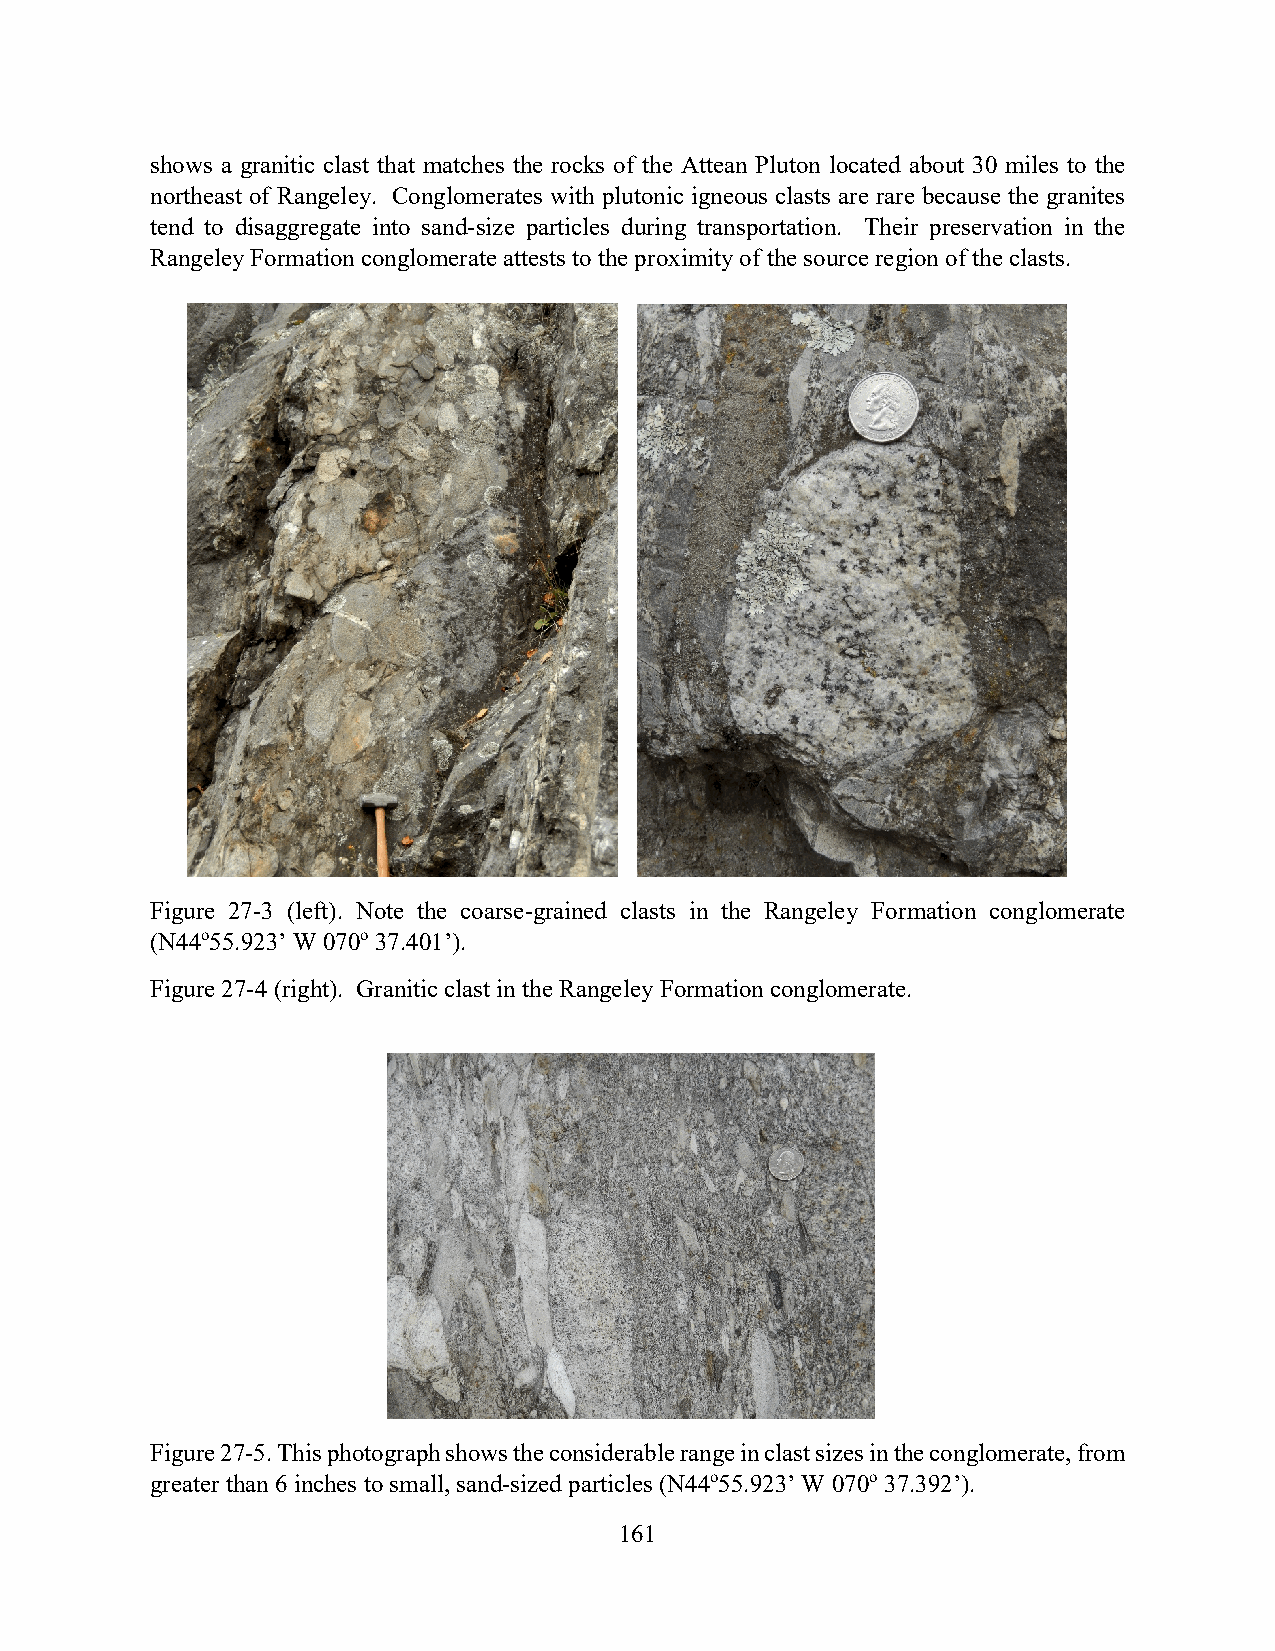
shows a granitic clast that matches the rocks of the Attean Pluton located about 30 miles to the
 northeast of Rangeley. Conglomerates with plutonic igneous clasts are rare because the granites
 tend to disaggregate into sand-size particles during transportation. Their preservation in the
 Rangeley Formation conglomerate attests to the proximity of the source region of the clasts.
 Figure 27-3 (left). Note the coarse-grained clasts in the Rangeley Formation conglomerate
 (N44o55.923’ W 070o 37.401’).
 Figure 27-4 (right). Granitic clast in the Rangeley Formation conglomerate.
 Figure 27-5. This photograph shows the considerable range in clast sizes in the conglomerate, from
 greater than 6 inches to small, sand-sized particles (N44o55.923’ W 070o 37.392’).
 161